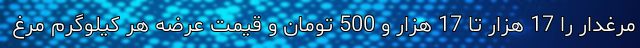
مرغدار را 17 هزار تا 17 هزار و 500 تومان و قیمت عرضه هر کیلوگرم مرغ